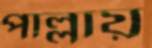
পাল্লায়